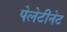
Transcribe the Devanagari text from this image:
पेलेटीनेट